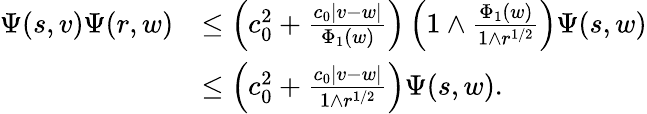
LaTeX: \begin{array}{rl}{\Psi(s,v)\Psi(r,w)}&{\le\left(c_{0}^{2}+\frac{c_{0}|v-w|}{\Phi_{1}(w)}\right)\left(1\wedge\frac{\Phi_{1}(w)}{1\wedge r^{1/2}}\right)\Psi(s,w)}\\ &{\le\left(c_{0}^{2}+\frac{c_{0}|v-w|}{1\wedge r^{1/2}}\right)\Psi(s,w).}\end{array}